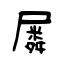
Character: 𡳞